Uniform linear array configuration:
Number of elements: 24
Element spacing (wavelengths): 0.5
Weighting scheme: cosine
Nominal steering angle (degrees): -45
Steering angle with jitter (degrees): -44.265
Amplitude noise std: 0.05
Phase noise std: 0.05

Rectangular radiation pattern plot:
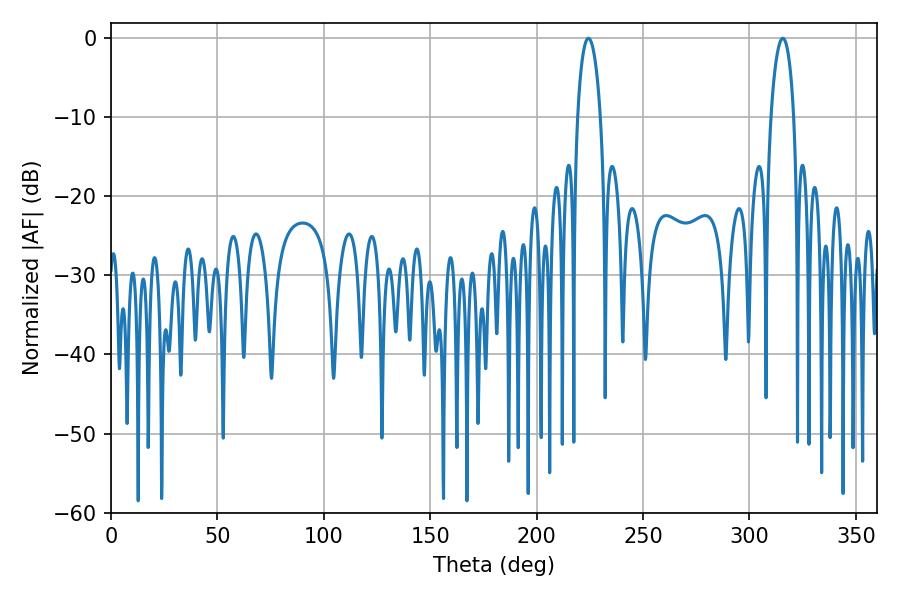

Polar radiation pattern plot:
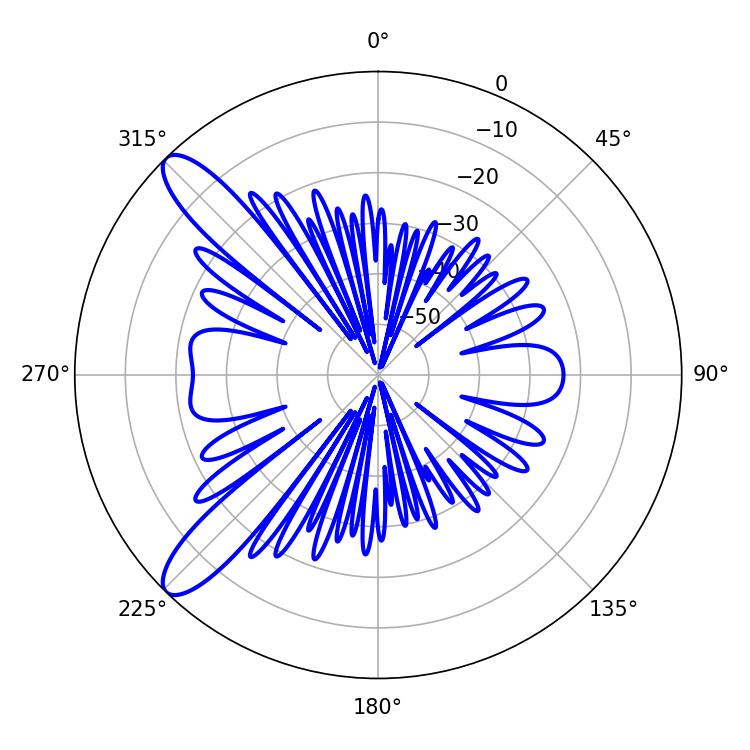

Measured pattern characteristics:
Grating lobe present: FALSE
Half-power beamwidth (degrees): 6.12
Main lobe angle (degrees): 224.28